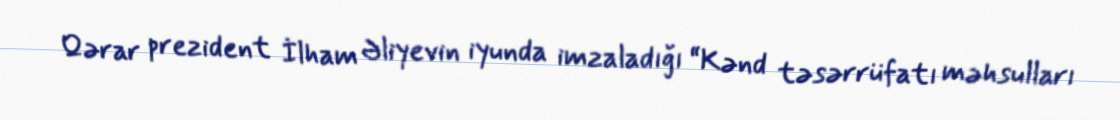
Qərar prezident İlham Əliyevin iyunda imzaladığı “Kənd təsərrüfatı məhsulları